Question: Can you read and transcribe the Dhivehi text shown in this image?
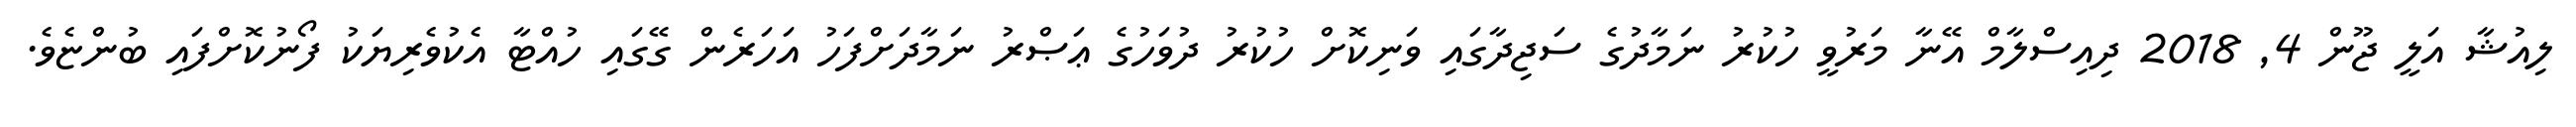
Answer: ލިއުޝާ އަލީ ޖޫން 4, 2018 ދިއިސްލާމް އޭނާ މަރުވީ ހުކުރު ނަމާދުގެ ސަޖިދާގައި ވަނިކޮށް ހުކުރު ދުވަހުގެ ޢަޞްރު ނަމާދަށްފަހު އަހަރެން ގޭގައި ހުއްޓާ އެކުވެރިޔަކު ފޯނުކޮށްފައި ބުންޏެވެ.